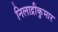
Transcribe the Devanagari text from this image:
निलाद्रीकुमार